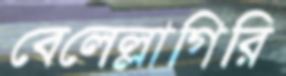
বেলেল্লাগিরি